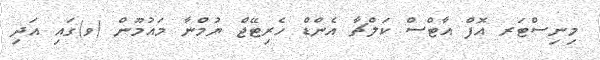
މިނިސްޓަރ އޮފް އާޓްސް ކަލްޗާ އެންޑް ހެރިޓޭޖް ޔުމްނާ މައުމޫން (ވ)ގައި އަދި